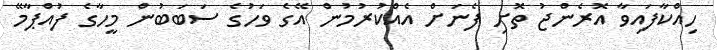
ހިއްކާފައިވާ އޮރެންޖު ތޮށި ފެނަށް އެއްކުރުމުން އޭގެ ވަހުގެ ސަބަބުން މީހާގެ ފުއްޕާމޭ